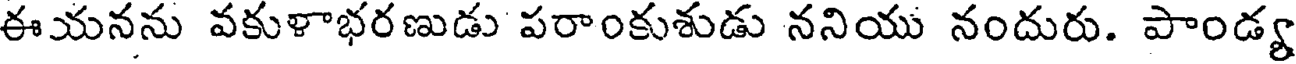
ఈయనను వకుళాభరణుడు పరాంకుశుడు ననియు నందురు. పాండ్య